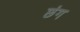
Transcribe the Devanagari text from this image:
छंग